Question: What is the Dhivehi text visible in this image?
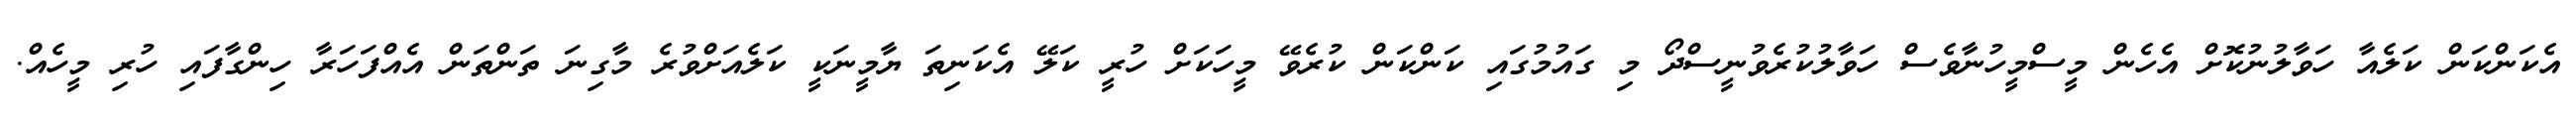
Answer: އެކަންކަން ކަލެއާ ހަވާލުނުކޮށް އެހެން މީސްމީހުނާވެސް ހަވާލުކުރެވުނީސްދޯ މި ގައުމުގައި ކަންކަން ކުރެވޭ މީހަކަށް ހުރީ ކަލޭ އެކަނިތަ ޔާމީނަކީ ކަލެއަށްވުރެ މާގިނަ ތަންތަން އެއްފަހަރާ ހިންގާފައި ހުރި މީހެއް.